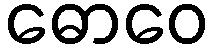
ဓောဝေ